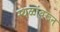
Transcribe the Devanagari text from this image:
स्थळांवरून